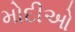
મોદીઓ